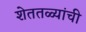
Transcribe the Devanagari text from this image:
शेततळ्यांची